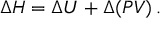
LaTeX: \Delta H = \Delta U + \Delta ( P V ) \, .